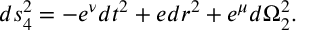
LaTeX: d s _ { 4 } ^ { 2 } = - e ^ { \nu } d t ^ { 2 } + e ^ { \l } d r ^ { 2 } + e ^ { \mu } d \Omega _ { 2 } ^ { 2 } .